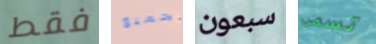
فقط الجميع سبعون تسمى